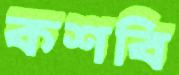
কশবি